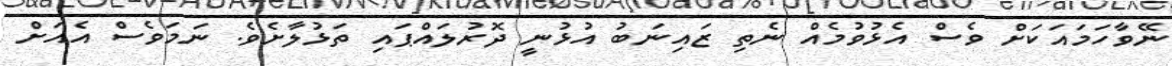
ނޭވާހަމައަކަށް ވެސް އެޅުވުމެއް ނެތި ޒައިނަބު އުޅުނީ ދޮރުލައްޕައި ތަޅުލާށެވެ. ނަމަވެސް އެއަށް